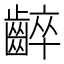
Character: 𪘧